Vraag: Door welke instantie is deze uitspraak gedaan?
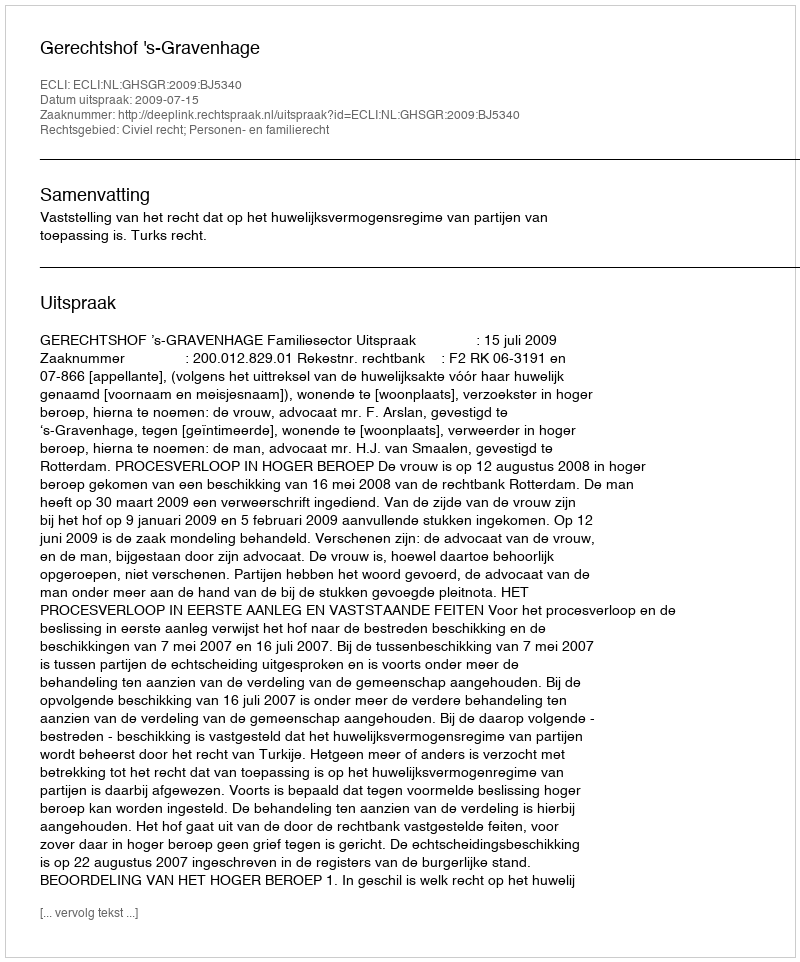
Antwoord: Gerechtshof 's-Gravenhage